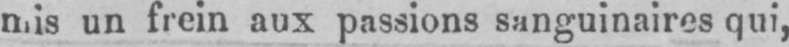
mis un frein aux passions sanguinaires qui,